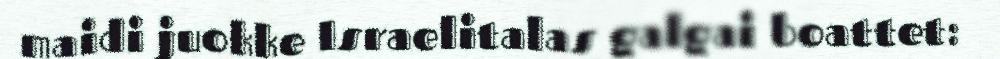
maidi juokke Israelitalas galgai boattet: